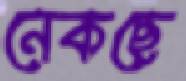
নেকছে